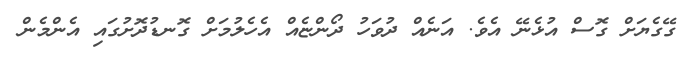
ގޭގެޔަށް ގޮސް އުޅެނޭ އެވެ. އަނެއް ދުވަހު ދޯންޏެއް އެހެލުމަށް ގޮނޑުދޮށުގައި އެންމެން